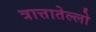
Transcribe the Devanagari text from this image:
त्रात्तातेल्लो